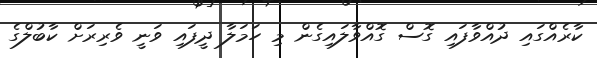
ކާރެއްގައި ދުއްވާފައި ގޮސް ގޮއްވާލައިގެން މި ހަމަލާ ދީފައި ވަނީ ވެރިރަށް ކާބުލްގެ